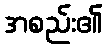
အစည်း၏